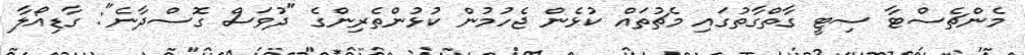
މެންޗެސްޓާ ސިޓީ ގާތްގާތުގައި މެޗުތައް ކުޅެން ޖެހުމުން ކުޅުންތެރިންގެ "ދުވަސް ގޮސްދާނެ": ގާޑިއޯލާ